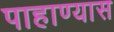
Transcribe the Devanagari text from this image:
पाहाण्यास